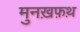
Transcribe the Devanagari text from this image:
मुनख़फ़थ़